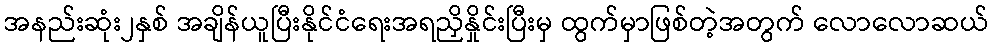
အနည်းဆုံး၂နှစ် အချိန်ယူပြီးနိုင်ငံရေးအရညှိနှိုင်းပြီးမှ ထွက်မှာဖြစ်တဲ့အတွက် လောလောဆယ်